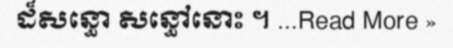
ដ៏សន្ធោ សន្ធៅនោះ ។ ...Read More »